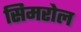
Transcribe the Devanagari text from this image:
सिमरोल